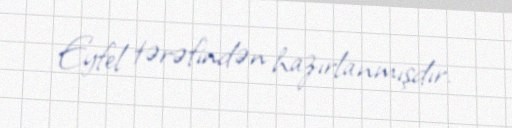
Eyfel tərəfindən hazırlanmışdır.